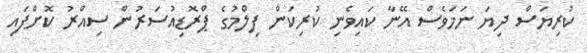
ކުރިޔަސް ދިޔަ ނަމަވެސް އޭނާ ކައިވެނި ކުރިކަން ފިލްމުގެ ޕްރޮޑިއުސަރުން ސިއްރު ކޮށްފައި